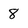
Character: 8